Causation and prevention of malarial fevers: a statement of the results of researches drawn up for the use of assistant surgeons, hospital assistants and students
Disease focus: Malaria
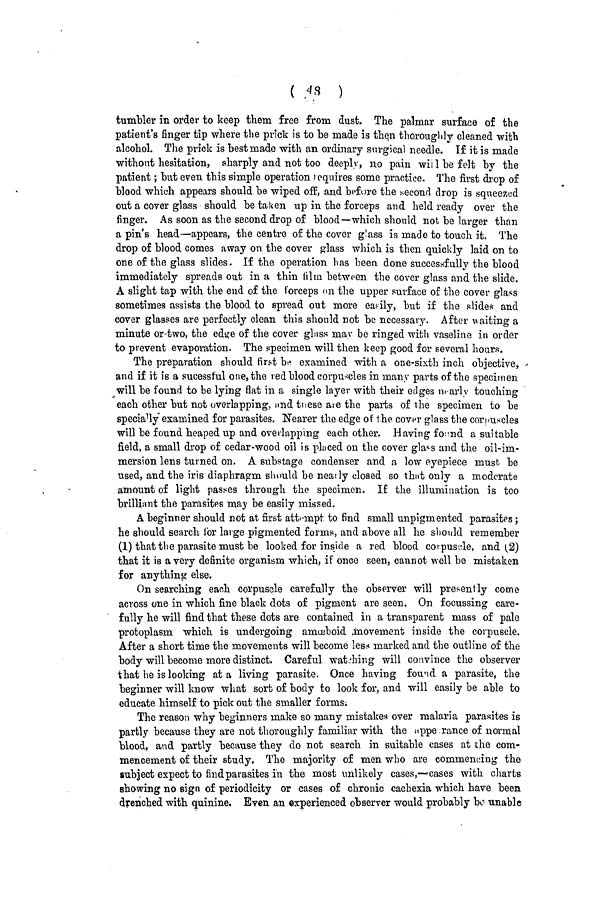
( 48 )
tumbler in order to keep them free from dust. The palmar surface of the
patient's finger tip where the prick is to be made is then thoroughly cleaned with
alcohol. The prick is best made with an ordinary surgical needle. If it is made
without hesitation, sharply and not too deeply, no pain will be felt by the
patient ; but even this simple operation requires some practice. The first drop of
blood which appears should be wiped off, and before the second drop is squeezed
out a cover glass should be taken up in the forceps and held ready over the
finger. As soon as the second drop of blood—which should not be larger than
a pin's head—appears, the centre of the cover glass is made to touch it. The
drop of blood comes away on the cover glass which is then quickly laid on to
one of the glass slides. If the operation has been done successfully the blood
immediately spreads out in a thin film between the cover glass and the slide.
A slight tap with the end of the forceps on the upper surface of the cover glass
sometimes assists the blood to spread out more easily, but if the slides and
cover glasses are perfectly clean this should not be necessary. After waiting a
minute or two, the edge of the cover glass may be ringed with vaseline in order
to prevent evaporation. The specimen will then keep good for several hours.
The preparation should first be examined with a one-sixth inch
objective,
and if it is a sucessful one, the red blood corpuscles in many parts of the specimen
will be found to be lying flat in a single layer with their edges nearly touching
each other but not overlapping, and these are the parts of the specimen to be
specially examined for parasites. Nearer the edge of the cover glass the corpuscles
will be found heaped up and overlapping each other. Having found a suitable
field, a small drop of cedar-wood oil is placed on the cover glass and the oil-im-
mersion lens turned on. A substage condenser and a low eyepiece must be
used, and the iris diaphragm should be nearly closed so that only a moderate
amount of light passes through the specimen. If the illumination is too
brilliant the parasites may be easily missed.
A beginner should not at first attempt to find small unpigmented parasites ;
he should search for large pigmented forms, and above all he should remember
(1) that the parasite must be looked for inside a red blood corpuscle, and (2)
that it is a very definite organism which, if once seen, cannot well be mistaken
for anything else.
On searching each corpuscle carefully the observer will presently come
across one in which fine black dots of pigment are seen. On focussing care-
fully he will find that these dots are contained in a transparent mass of pale
protoplasm which is undergoing amœboid movement inside the corpuscle.
After a short time the movements will become less marked and the outline of the
body will become more distinct. Careful watching will convince the observer
that he is looking at a living parasite. Once having found a parasite, the
beginner will know what sort of body to look for, and will easily be able to
educate himself to pick out the smaller forms.
The reason why beginners make so many mistakes over malaria parasites is
partly because they are not thoroughly familiar with the appe ranee of normal
blood, and partly because they do not search in suitable cases at the com-
mencement of their study. The majority of men who are commencing the
subject expect to find parasites in the most unlikely cases,—cases with charts
showing no sign of periodicity or cases of chronic cachexia which have been
drenched with quinine. Even an experienced observer would probably be unable